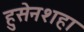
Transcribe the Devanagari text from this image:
हुसेनशहा